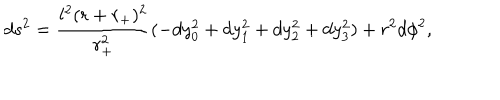
d s ^ { 2 } = \frac { l ^ { 2 } ( r + r _ { + } ) ^ { 2 } } { r _ { + } ^ { 2 } } ( - d y _ { 0 } ^ { 2 } + d y _ { 1 } ^ { 2 } + d y _ { 2 } ^ { 2 } + d y _ { 3 } ^ { 2 } ) + r ^ { 2 } d \phi ^ { 2 } ,